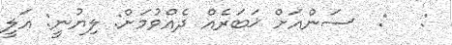
:   :  ސަންއަށް ޚަބަރެއް ދެއްވުމަށް: ލިޔުނީ: އަލީ